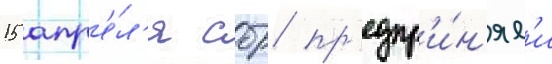
15 апр'е́л'я сбр пр'едпр'и́н'ял'и